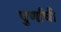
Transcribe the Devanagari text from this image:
पुर्णाची